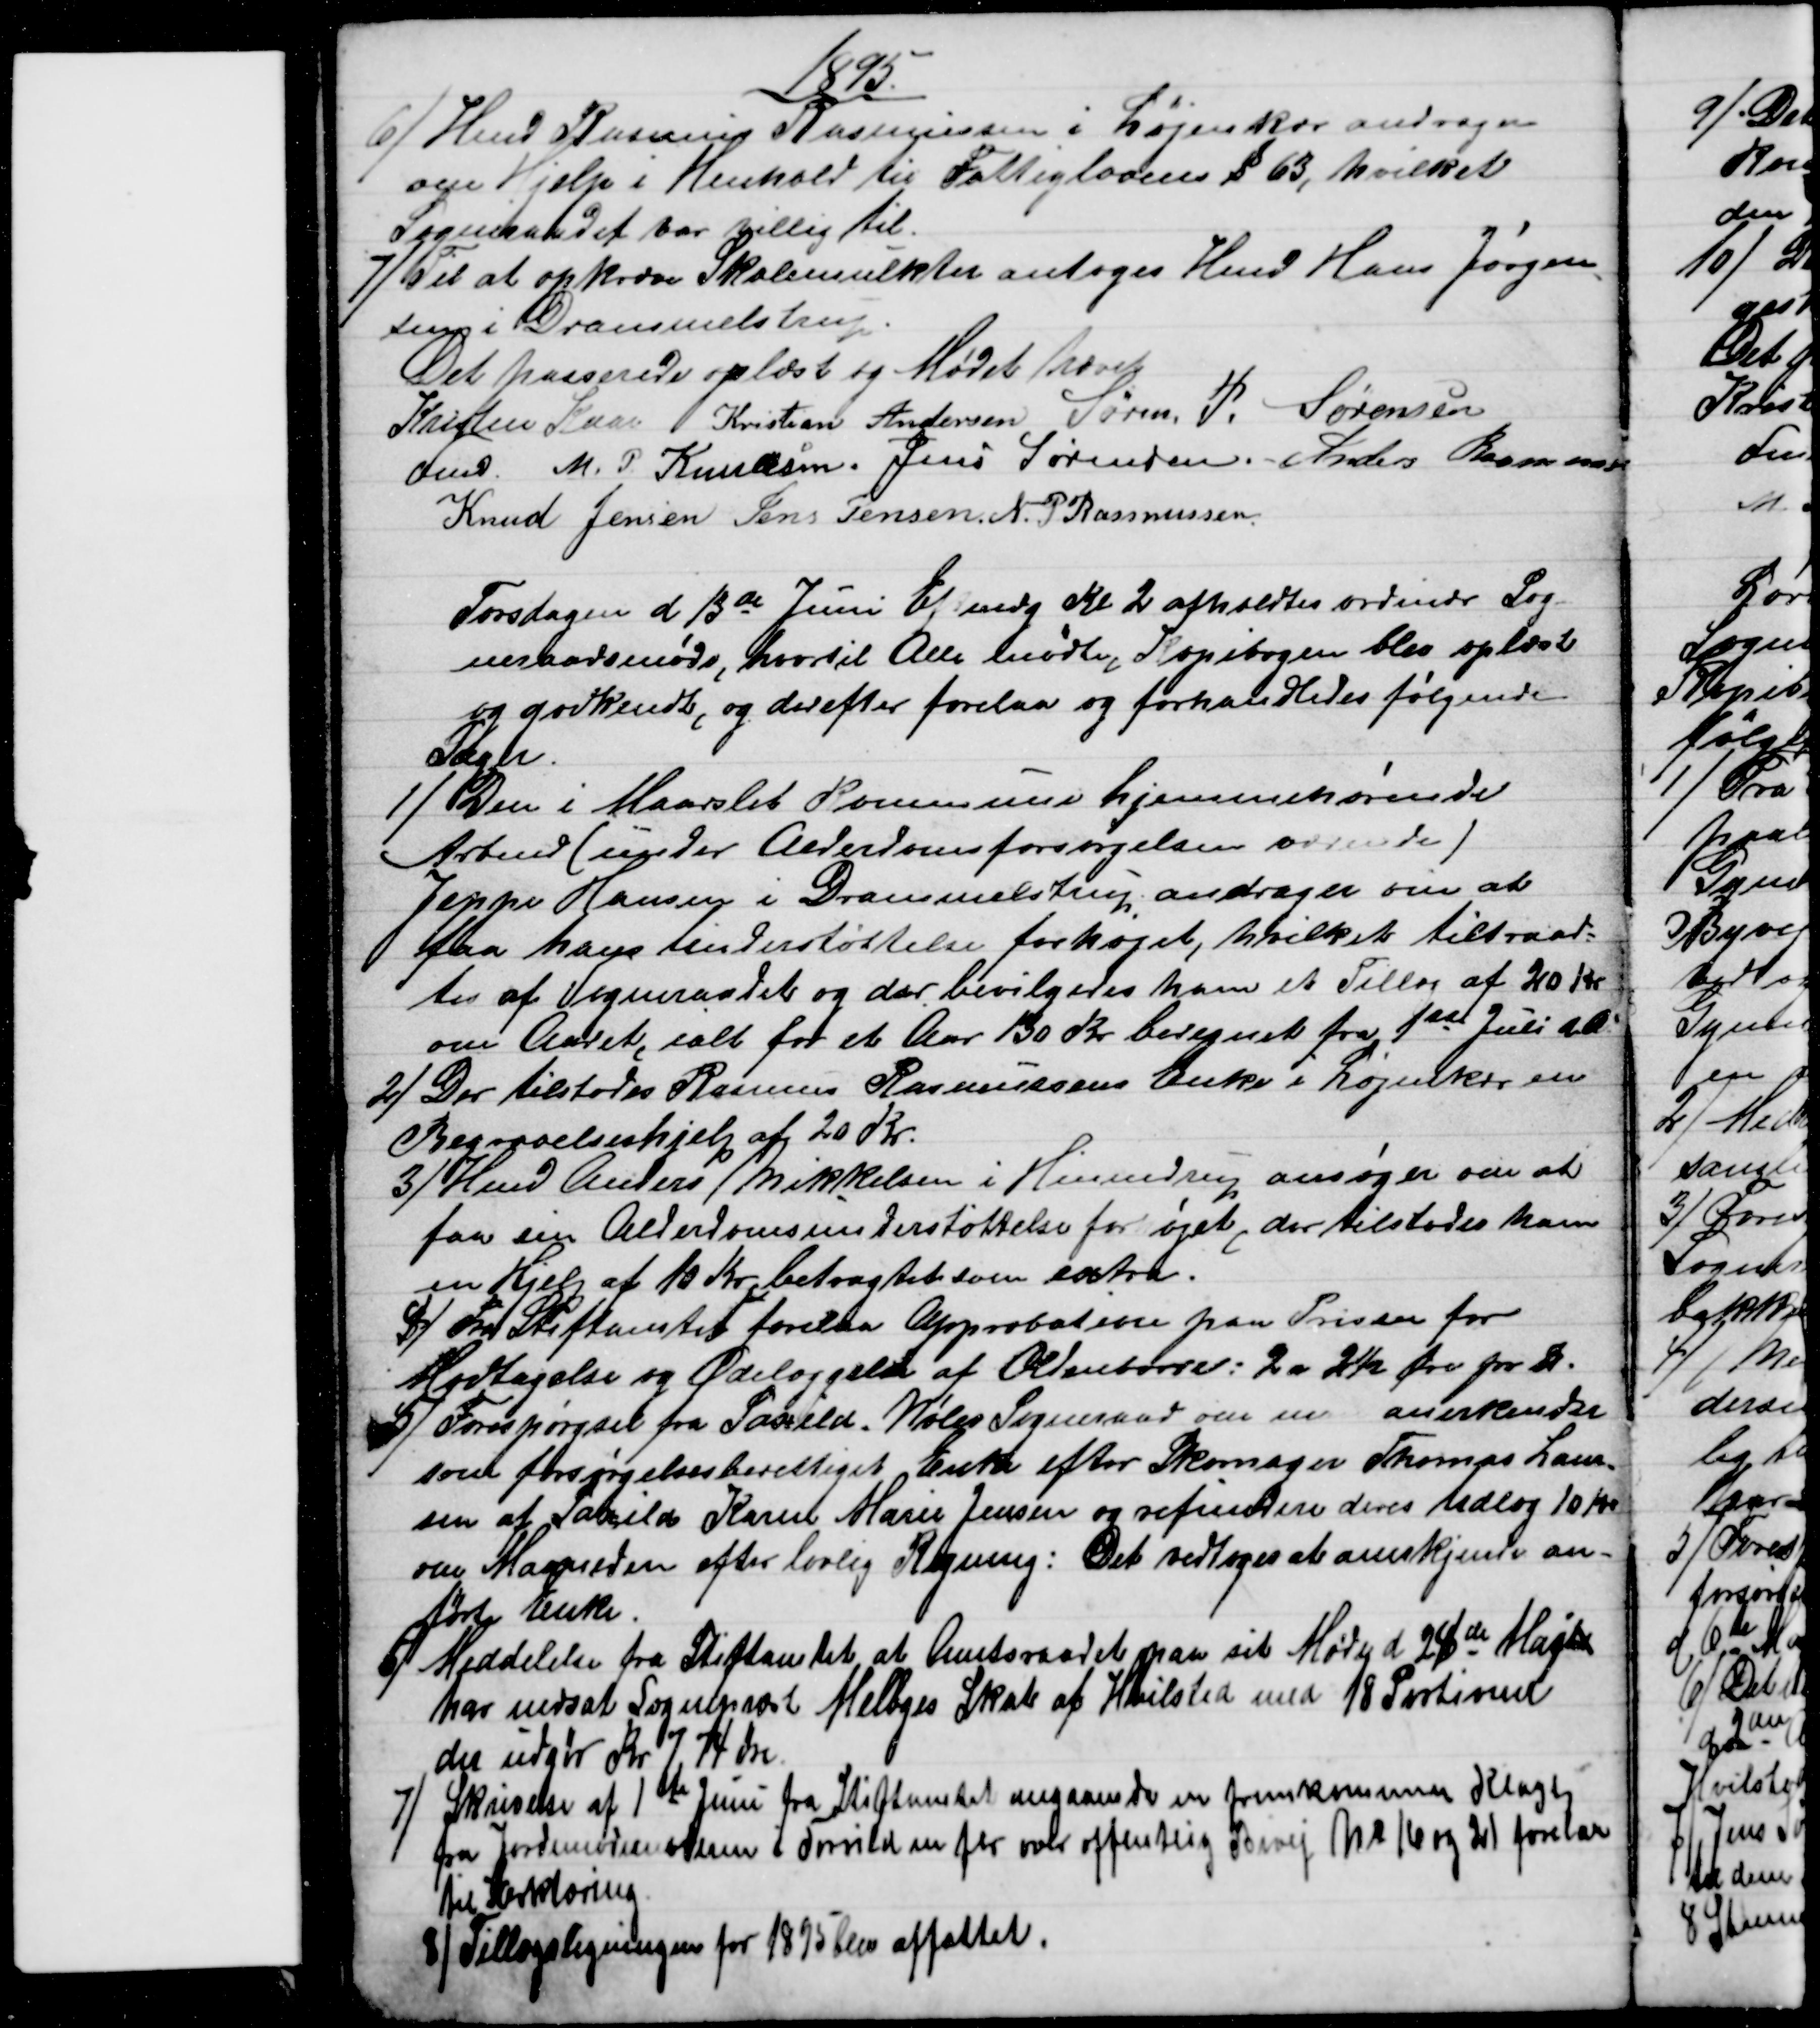
Transskription:
1895.
6) 
Hmd Rasmus Rasmussen i Løjenkær andrager
om Hjelp i Henhold til Fattiglovens § 63, hvilket
Sogneraadet var villig til.
7)
Til at opkræve Skolemulkter antoges Hmd Hans Jørgen
=
sen i Drammelstrup.
Det passerede oplæst og Mødet hævet
Kristen Kaae 
Fmd. 
Kristian Andersen Søren P. Sørensen
M. P. Knudsen, Jens Sørensen, Anders Rasmussen
Knud Jensen. Jens Jensen. N. P. Rasmussen
Torsdagen d 13de Juni af Eftmdg Kl. 2 afholdtes ordinær Sog-
neraadsmøde, hvortil Alle mødte, Kopibogen blev oplæst
og godkendt, og derefter forelaa og forhandledes følgende
Sager.
1) 
Den i Maarslet Kommune hjemmehørende
Arbmd. (under Alderdomsforsørgelsen værende)
Jeppe Hansen i Drammelstrup andrager om at
faa hans Understøttelse forhøjet, hvilket tiltraad-
tes af Sogneraadet og der bevilgedes ham et Tillæg af 20 Kr
om Aaret, ialt for et Aar 130 Kr beregnet fra 1ste Juli d. A.
2)
Der tilstodes Rasmus Rasmussens Enke i Løjenkær en
Begravelseshjelp af 20 Kr.
3) 
Hmd Anders Mikkelsen i Hinnedrup ansøger om at
faa sin Alderdomsunderstøttelse forhøjet, der tilstodes ham
en Hjelp af 10 Kr, betragtet som extra.
4)
Fra Stiftamtet forelaa Approbation paa Prisen for
Modtagelse og Ødelæggelse af Oldenborre: 2 a 2½ Øre pr. ℔
5) 
Forespørgsel fra Saxild-Nølev Sogneraad om man anerkender
som forsørgelsesberettiget Enke efter Skomager Thomas Laur-
sen af Saxild Karen Marie Jensen og refundere deres Udlæg 10 Kr
om Maaneden efter lovlig Regning. Det vedtoges at anerkjende an-
førte Enke.
6)
Meddelelse fra Stiftamtet at Amtsraadet paa sit Møde d 24de Majts
har nedsat Sognepræst Melbyes Skat af Hvilsted med 18 Portioner
der udgør Kr 7 74 Øre
7) 
 Skrivelse af 1ste Juni fra Stiftamtet angaaende en fremkommen Klage
fra Jordemodermoderen i Torrild m flr over offentlig Bivej № 16 og 21 forelaa
til Erklæring
8)Tillægsligningen for 1895 blev affattet.